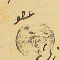
عضو حبيب نبهان ١٨٨٠